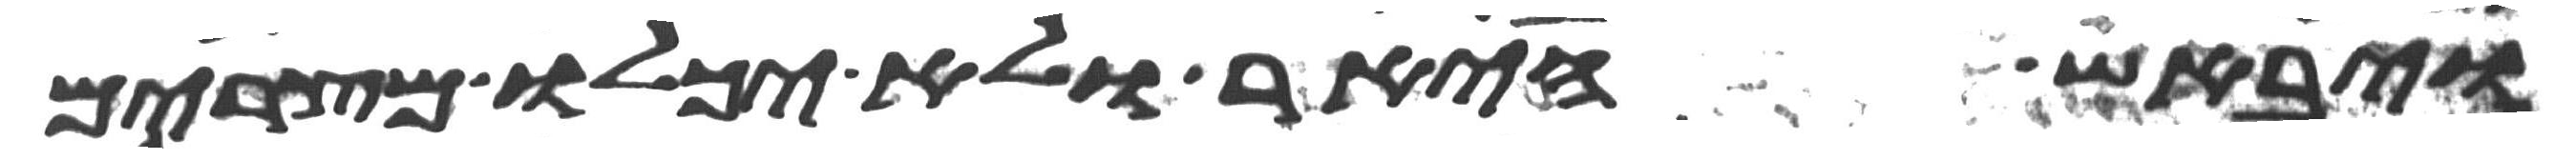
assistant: ויבאש היאר ולא יכלו מצרים